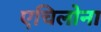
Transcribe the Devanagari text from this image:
एचिलोना